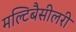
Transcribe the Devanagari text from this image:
मल्टिबैसीलरी